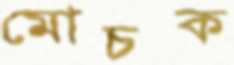
মোচক